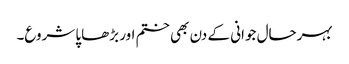
بہرحال جوانی کے دن بھی ختم اور بڑھاپا شروع۔